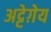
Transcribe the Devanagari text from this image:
अट्टेग़ेय